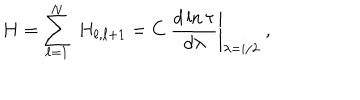
LaTeX: H = \sum _ { \ell = 1 } ^ { N } \ H _ { \ell , \ell + 1 } = \left. C \ \frac { d \ln \tau } { d \lambda } \right| _ { \lambda = i / 2 } \ ,